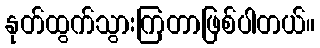
နုတ်ထွက်သွားကြတာဖြစ်ပါတယ်။